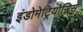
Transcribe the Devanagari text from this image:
इंडोमेट्रियोसिस